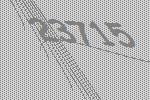
23715